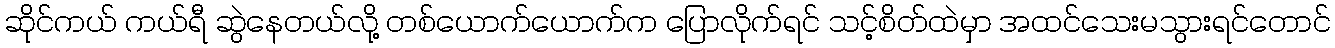
ဆိုင်ကယ် ကယ်ရီ ဆွဲနေတယ်လို့ တစ်ယောက်ယောက်က ပြောလိုက်ရင် သင့်စိတ်ထဲမှာ အထင်သေးမသွားရင်တောင်